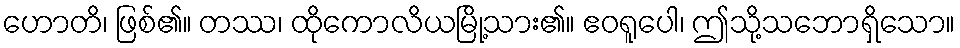
ဟောတိ၊ ဖြစ်၏။ တဿ၊ ထိုကောလိယမြို့သား၏။ ဧဝရူပေါ၊ ဤသို့သဘောရှိသော။